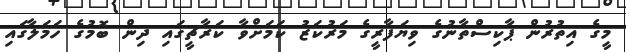
މީގެ އިތުރުން ޕާކިސްތާނުގެ ވިޔަފާރީގެ މަރުކަޒު ކަމަށްވާ ކަރާޗީގައި ދިން ބޮމުގެ ހަމަލާގައި